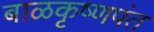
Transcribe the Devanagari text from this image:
बाळकृष्णपंत